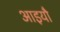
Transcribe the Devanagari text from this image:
आइयौ